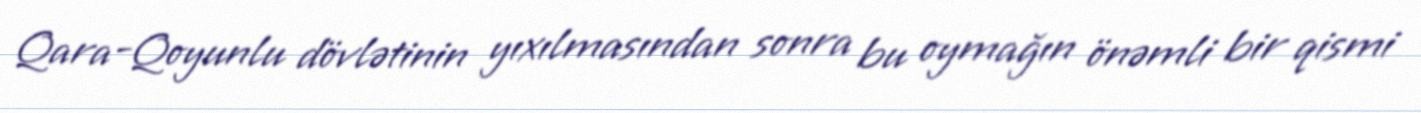
Qara-Qoyunlu dövlətinin yıxılmasından sonra bu oymağın önəmli bir qismi